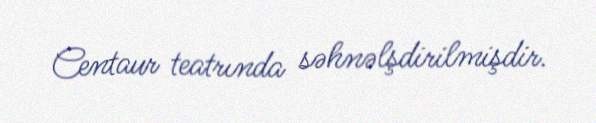
Centaur teatrında səhnəlşdirilmişdir.